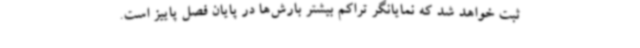
ثبت خواهد شد که نمایانگر تراکم بیشتر بارش‌ها در پایان فصل پاییز است.